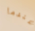
عندما